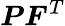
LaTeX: {\boldsymbol{P}}{\boldsymbol{F}}^{T}